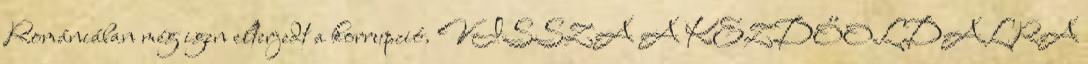
Romániában még igen elterjedt a korrupció. VISSZA A KEZDŐOLDALRA